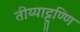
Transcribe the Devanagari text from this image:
तीय्याट्टुण्णि